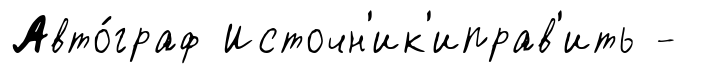
Авто́граф Источн'ик'иправ'ить -